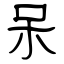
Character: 呆